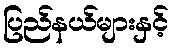
ပြည်နယ်များနှင့်